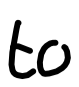
Text: to
Cross-out: clean
Writing tool: digital_black